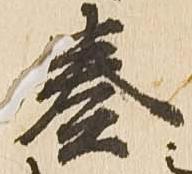
奏